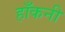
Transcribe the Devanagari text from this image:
हाँकनी